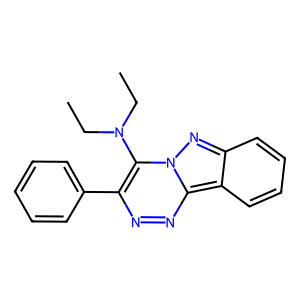
SMILES: CCN(CC)c1c(-c2ccccc2)nnc2c3ccccc3nn12
Inhibits HIV replication: No